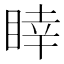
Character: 䁄